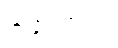
ဆိန္နကထော